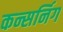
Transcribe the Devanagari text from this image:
कन्सर्निग